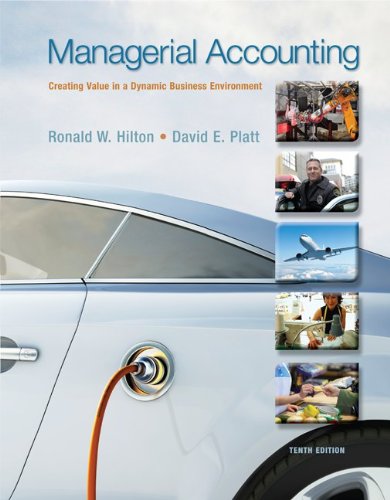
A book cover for Managerial Accounting with Connect Access Card; Ronald Hilton; Business & Money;